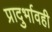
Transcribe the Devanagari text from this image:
प्रादुर्भावही